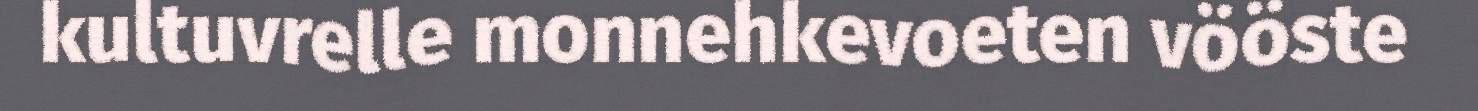
kultuvrelle monnehkevoeten vööste